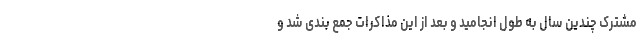
مشترک چندین سال به طول انجامید و بعد از این مذاکرات جمع بندی شد و